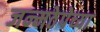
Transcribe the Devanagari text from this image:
जन्मठेपेच्या